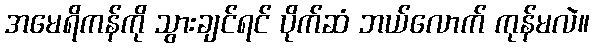
အမေရိကန်ကို သွားချင်ရင် ပိုက်ဆံ ဘယ်လောက် ကုန်မလဲ။